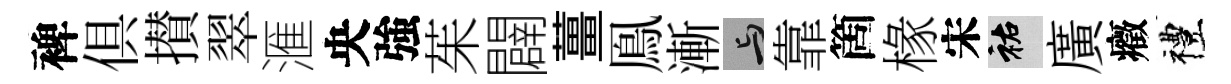
裨俱攅翠滙央強茱闢薑鳯漸与靠箇椽宋祐廣癥禮